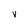
Character: V